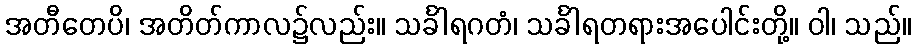
အတီတေပိ၊ အတိတ်ကာလ၌လည်း။ သင်္ခါရဂတံ၊ သင်္ခါရတရားအပေါင်းတို့။ ဝါ၊ သည်။